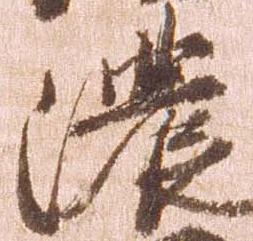
濃